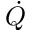
\dot { Q }